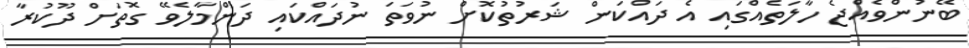
ބޭނުންވެއްޖެ ހާލަތެއްގައި އެ ދައްކަން ޝަރުތުކޮށް ނުވަތަ ނުދައްކައި ދަންމާލެވޭ ގޮތަށް ދޫކުރާ